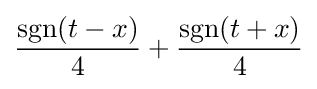
{\frac {\operatorname {sgn} (t-x)}{4}}+{\frac {\operatorname {sgn} (t+x)}{4}}